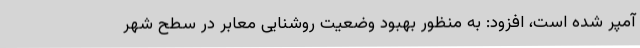
آمپر شده است، افزود: به منظور بهبود وضعیت روشنایی معابر در سطح شهر